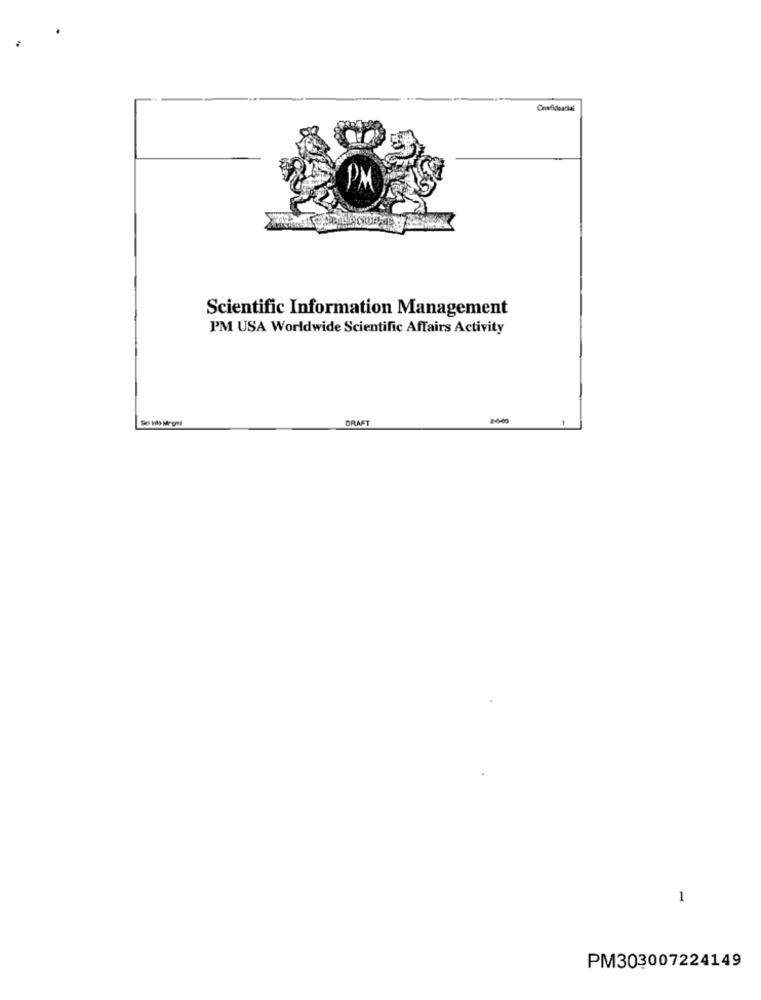
Confidential
Scientific Information Management
PM USA Worldwide Scientific Affairs Activity
Sel Into Meget
DRAFT
1
1
PM303007224149